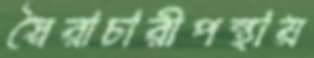
স্বৈরাচারীপন্থায়